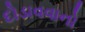
દોડાવવાનો